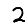
Digit: 2